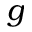
g